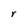
Character: r